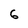
Character: 6